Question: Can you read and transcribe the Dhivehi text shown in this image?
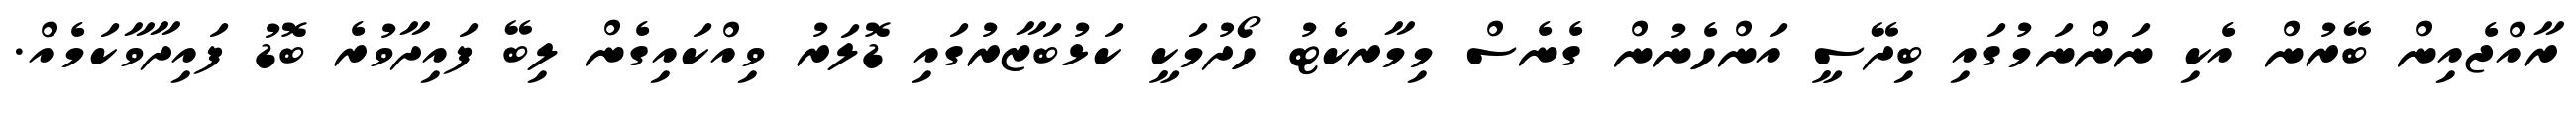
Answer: ރާއްޖެއިން ބޭރުން އެކި ނަންނަމުގައި ބިދޭސީ އަންހެނުން ގެނެސް މިމާރކެޓު ހޯދުމަކީ ކަޅުބަޒާރުގައި ޑޮލަރު ވިއްކައިގެން ލިބޭ ފައިދާވުރެ ބޮޑު ފައިދާވާކަމެއް.